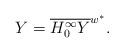
LaTeX: \begin{align*} Y=\overline{H^\infty_0Y}^{w^*}. \end{align*}